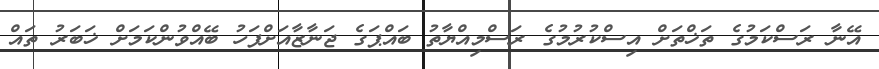
އޭނާ ރަސްކަމުގެ ތަޚްތަށް އިސްކުރުމުގެ ރަސްމިއްޔާތު ބައްޕަގެ ޖަނާޒާއަށްފަހު ބޭއްވުންކަމަށް ޚަބަރު ތައް